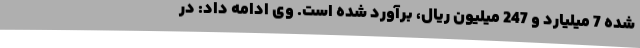
شده 7 میلیارد و 247 میلیون ریال، برآورد شده است. وی ادامه داد: در